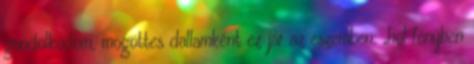
gondolkodom, mögöttes dallamként ez jár az eszemben: „hol fényben